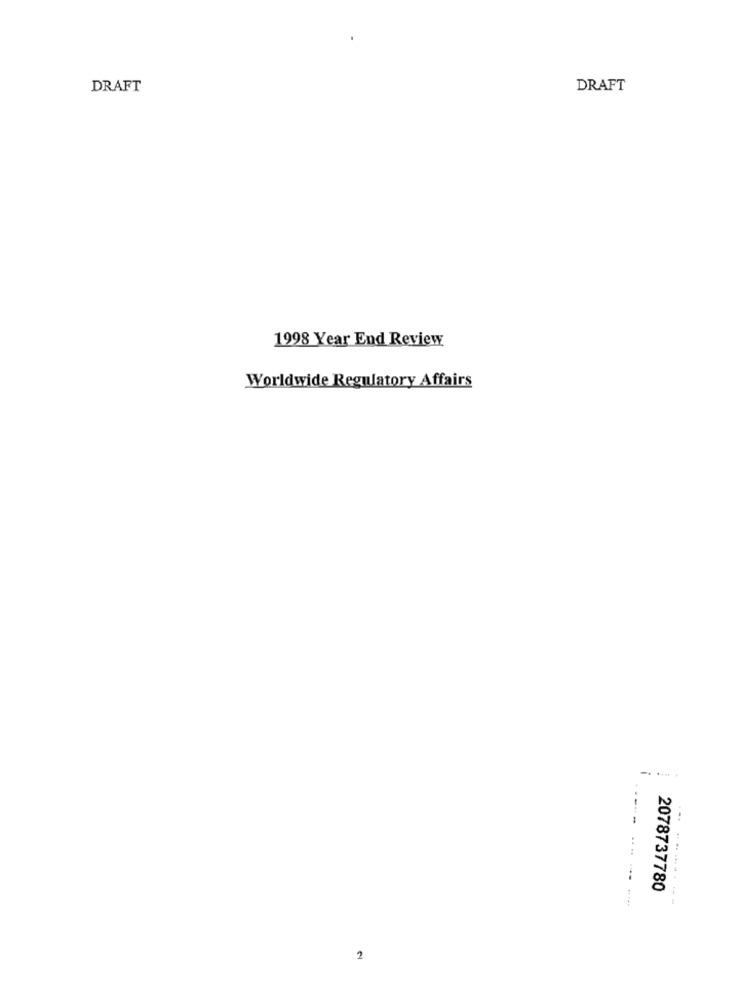
DRAFT
DRAFT
1998 Year End Review
Worldwide Regulatory Affairs
...... .
----
2078737780
- ----- --
2